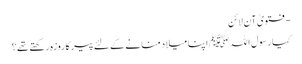
- فتویٰ آن لائن
کیا رسول اللہ ﷺ اپنا میلاد منانے کے لئے پیر کا روزہ رکھتے تھے؟